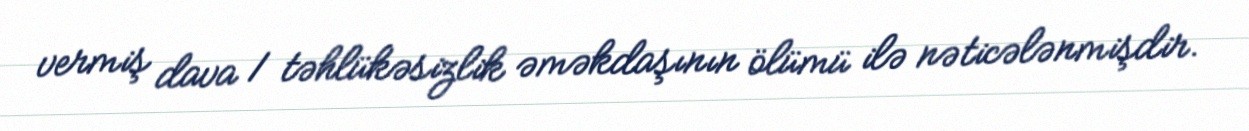
vermiş dava 1 təhlükəsizlik əməkdaşının ölümü ilə nəticələnmişdir.